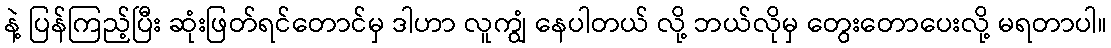
နဲ့ ပြန်ကြည့်ပြီး ဆုံးဖြတ်ရင်တောင်မှ ဒါဟာ လူကျွံ နေပါတယ် လို့ ဘယ်လိုမှ တွေးတောပေးလို့ မရတာပါ။